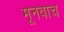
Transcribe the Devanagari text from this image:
मूनवाच